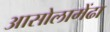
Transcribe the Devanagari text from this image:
आसोलामेंढा